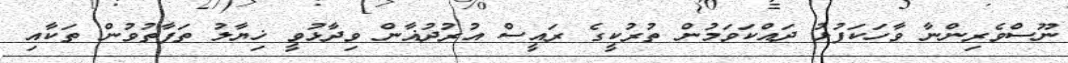
ނޫސްވެރިންނާ ވާހަކަފުޅު ދައްކަވަމުން ތުރުކީގެ ރައީސް އުރުދުޣާން ވިދާޅުވީ ޚިޔާލު ތަފާތުވުން ތަކާއި